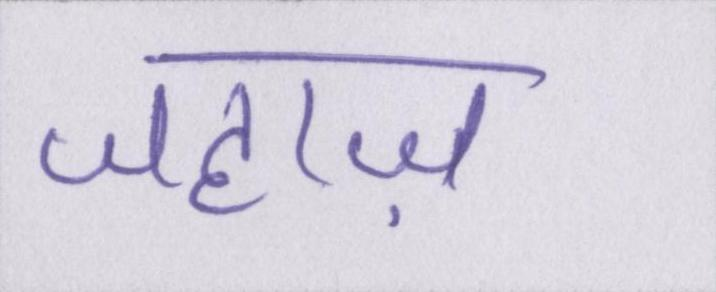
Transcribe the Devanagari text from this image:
जहाज़